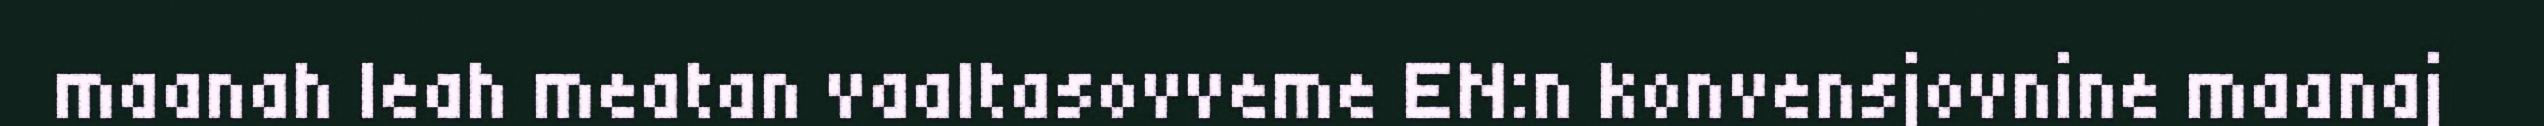
maanah leah meatan vaaltasovveme EN:n konvensjovnine maanaj